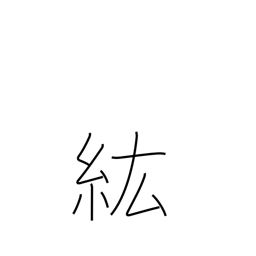
Meaning: large